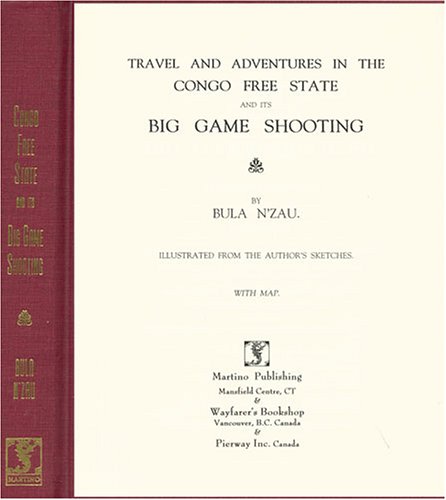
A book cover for Travel and Adventures in the Congo Free State and Its Big Game Shooting; Bula N'Zau; Travel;